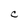
Character: C